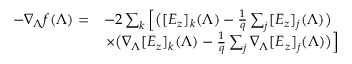
\begin{array} { r l } { - \nabla _ { \boldsymbol { \Lambda } } f ( \boldsymbol { \Lambda } ) = } & { - 2 \sum _ { k } \left[ \big ( [ E _ { z } ] _ { k } ( \boldsymbol { \Lambda } ) - \frac { 1 } { q } \sum _ { j } [ E _ { z } ] _ { j } ( \boldsymbol { \Lambda } ) \big ) \right. } \\ & { \left. \times \big ( \nabla _ { \boldsymbol { \Lambda } } [ E _ { z } ] _ { k } ( \boldsymbol { \Lambda } ) - \frac { 1 } { q } \sum _ { j } \nabla _ { \boldsymbol { \Lambda } } [ E _ { z } ] _ { j } ( \boldsymbol { \Lambda } ) \big ) \right] } \end{array}